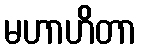
မဟာဟိတာ